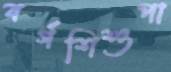
বর্গশিশুপা